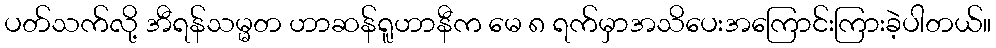
ပတ်သက်လို့ အီရန်သမ္မတ ဟာဆန်ရူဟာနီက မေ ၈ ရက်မှာအသိပေးအကြောင်းကြားခဲ့ပါတယ်။